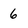
Character: 6